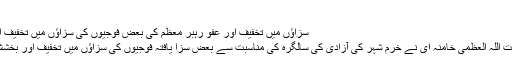
21 /May/ 2008
سزاؤں میں تخفیف اور عفو رہبر معظم کی بعض فوجیوں کی سزاؤں میں تخفیف اور بخشش کی درخواست سےموافقت
رہبر معظم انقلاب اسلامی حضرت آیت اللہ العظمی خامنہ ای نے خرم شہر کی آزادی کی سالگرہ کی مناسبت سے بعض سزا یافتہ فوجیوں کی سزاؤں میں تخفیف اور بخشش کی درخواست سےموافقت کی ہے۔